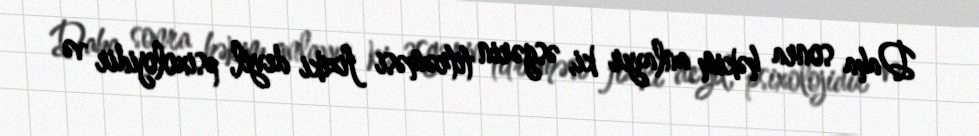
Daha sonra həkim anlayır ki, əsgərin titrəməsi fiziki deyil, psixolojidir və